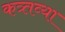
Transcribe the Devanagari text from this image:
कत्र्तव्या